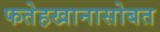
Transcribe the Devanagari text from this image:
फतेहखानासोबत